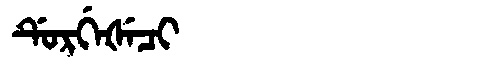
Manchu: ᡩᡠᡵᡤᡝᡧᡝᠴᡳ
Romanization: DURGEŠECI